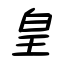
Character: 皇